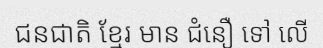
ជនជាតិ ខ្មែរ មាន ជំនឿ ទៅ លើ